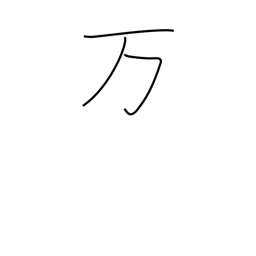
Meaning: ten thousand